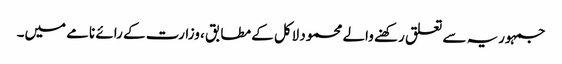
جمہوریہ سے تعلق رکھنے والے محمود لاکل کے مطابق ، وزارت کے رائے نامے میں۔